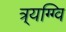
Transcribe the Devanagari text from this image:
त्र्यग्ग्वि